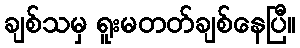
ချစ်သမှ ရူးမတတ်ချစ်နေပြီ။